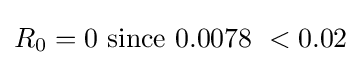
R_{0}=0~{\mbox{since}}~0.0078\ <0.02